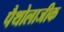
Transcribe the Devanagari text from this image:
पैथोलाजीक